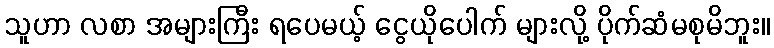
သူဟာ လစာ အများကြီး ရပေမယ့် ငွေယိုပေါက် များလို့ ပိုက်ဆံမစုမိဘူး။